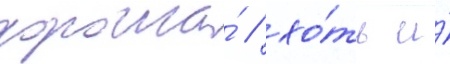
хороша́ / хо́ть и́